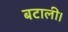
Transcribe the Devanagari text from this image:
बटाली।